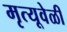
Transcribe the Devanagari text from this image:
मृत्यूवेळी